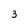
Character: 3